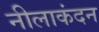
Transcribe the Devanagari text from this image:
नीलाकंदन